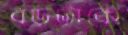
বড়টাকে